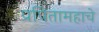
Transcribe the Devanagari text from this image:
प्रपितामहाचे